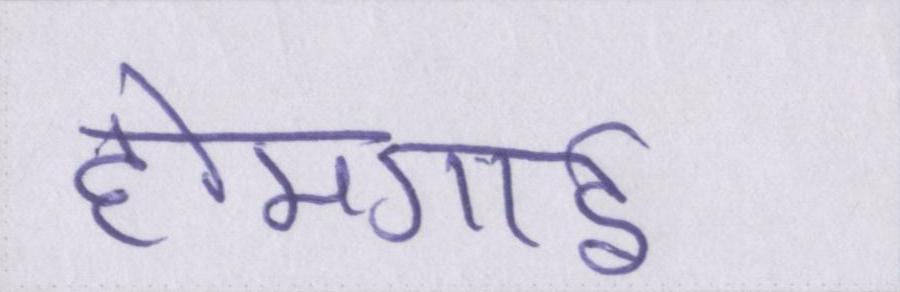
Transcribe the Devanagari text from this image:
होमगार्ड